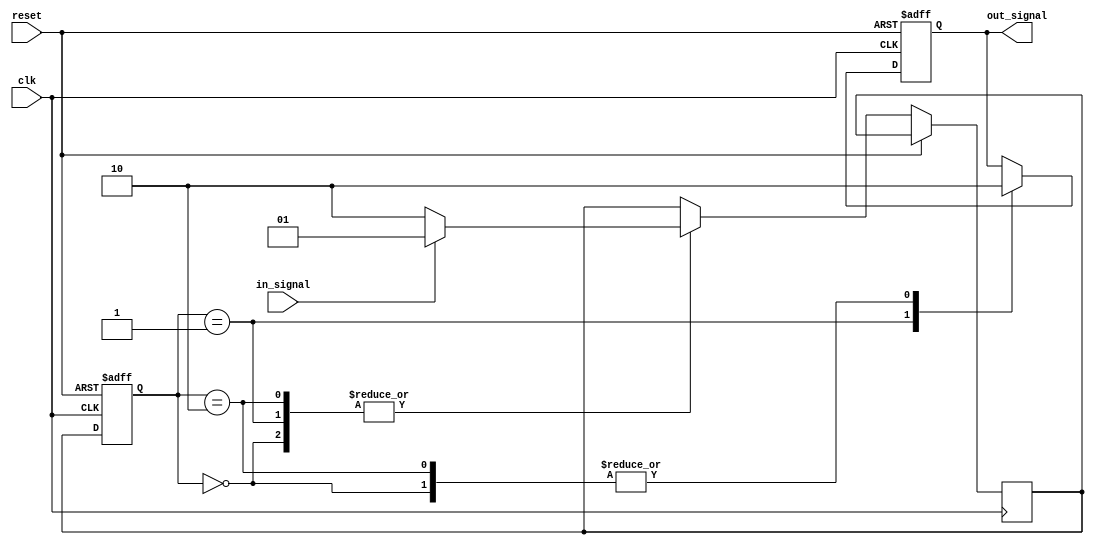
module mealy_state_machine (
    input clk,
    input reset,
    input in_signal,
    output reg out_signal
);

// Declare state registers
reg [1:0] current_state, next_state;

// Define state parameters
parameter S0 = 2'b00;
parameter S1 = 2'b01;
parameter S2 = 2'b10;

// Define output parameters
parameter O0 = 1'b0;
parameter O1 = 1'b1;
parameter O2 = 1'b0;

// Define state transition logic
always @ (posedge clk or posedge reset) begin
    if (reset) begin
        current_state <= S0;
        out_signal <= O0;
    end else begin
        current_state <= next_state;
        case (current_state)
            S0: begin
                next_state <= in_signal ? S1 : S2;
                out_signal <= O0;
            end
            S1: begin
                next_state <= in_signal ? S1 : S2;
                out_signal <= O1;
            end
            S2: begin
                next_state <= in_signal ? S1 : S2;
                out_signal <= O2;
            end
        endcase
    end
end

endmodule